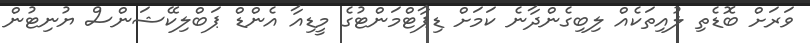
ވަރަށް ބޮޑެތި ލުއިތަކެއް ލިބިގެންދާނެ ކަމަށް ޑިޕާޓްމަންޓުގެ މީޑިއާ އެންޑް ޕަބްލިކޭޝަންސް ޔުނިޓުން